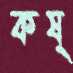
কষ্‌